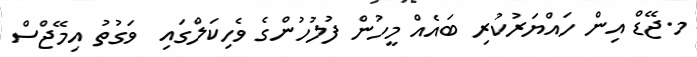
މ.ޖޭޑް އިން ހައްޔަރުކުރި ބައެއް މީހުން ފުލުހުންގެ ވެހިކަލްގައި  ވަގުތު އިމޭޖްސް